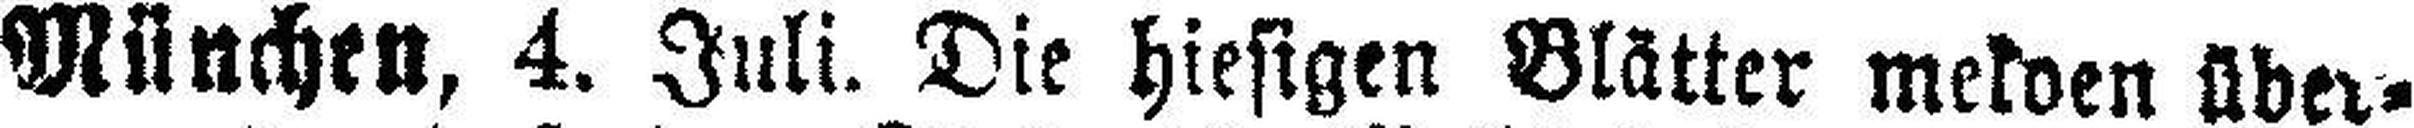
München, 4. Juli. Die hiesigen Blätter melden über¬